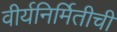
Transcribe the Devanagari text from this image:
वीर्यनिर्मितीची